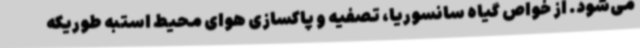
می‌شود. از خواص گیاه سانسوریا، تصفیه و پاکسازی هوای محیط استبه طوریکه